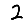
Digit: 2